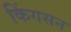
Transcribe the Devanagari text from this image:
किंगसन